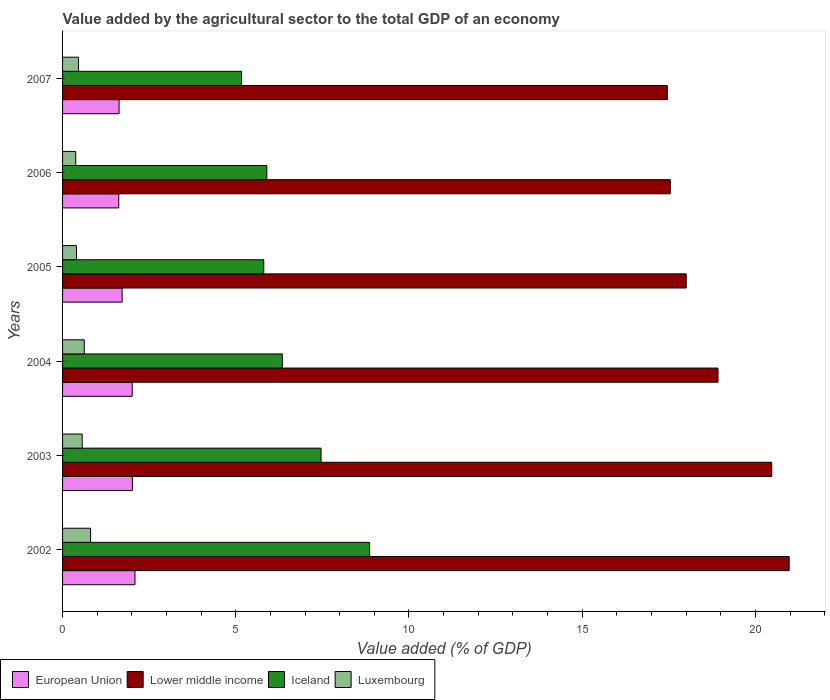
| Years | European Union | Lower middle income | Iceland | Luxembourg |
 | --- | --- | --- | --- | --- |
 | 2002 | 2.09 | 21 | 8.86 | 0.809 |
 | 2003 | 2.02 | 20.5 | 7.46 | 0.566 |
 | 2004 | 2.01 | 18.9 | 6.35 | 0.627 |
 | 2005 | 1.72 | 18 | 5.81 | 0.403 |
 | 2006 | 1.62 | 17.5 | 5.9 | 0.38 |
 | 2007 | 1.63 | 17.5 | 5.17 | 0.461 |